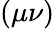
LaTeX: (\mu\nu)